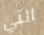
التي